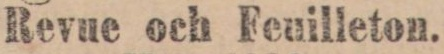
Revue och Feuilleton.